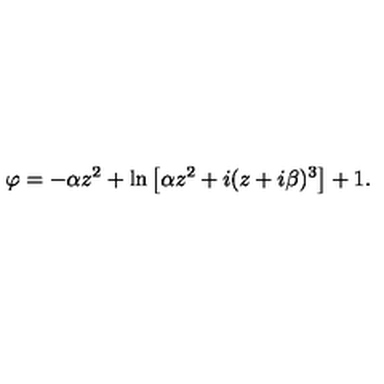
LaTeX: \varphi = - \alpha z ^ { 2 } + \ln \left[ \alpha z ^ { 2 } + i ( z + i \beta ) ^ { 3 } \right] + 1 .